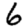
Digit: 6